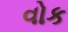
વોક